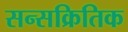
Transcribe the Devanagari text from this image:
सन्सक्रितिक